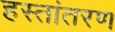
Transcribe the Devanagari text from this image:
हस्‍तांतरण